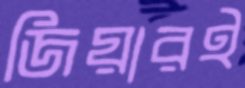
জিয়ারই